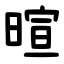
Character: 暄